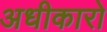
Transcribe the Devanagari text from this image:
अधीकारो